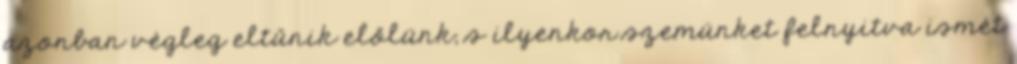
azonban végleg eltűnik előlünk, s ilyenkor szemünket felnyitva ismét